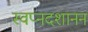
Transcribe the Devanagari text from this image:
स्वप्नदशानन